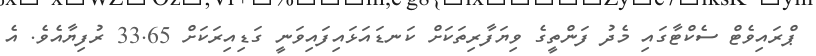
ޕްރައިވެޓް ސެކްޓާގައި މެދު ފަންތީގެ ވިޔަފާރިތަކަށް ކަނޑައަޅައިފައިވަނީ ގަޑިއިރަކަށް 33.65 ރުފިޔާއެވެ. އެ